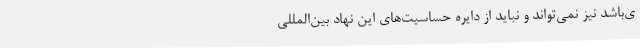
ی‌باشد نیز نمی‌تواند و نباید از دایره حساسیت‌های این نهاد بین‌المللی